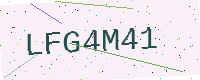
Text: LFG4M41